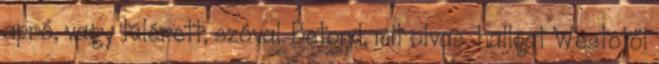
apró, vagy túlérett, szóval. Betond, mit olvas hallgat Westötől